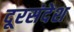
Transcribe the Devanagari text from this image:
दूरसंदेश